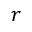
r